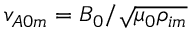
v _ { A 0 m } = B _ { 0 } / \sqrt { \mu _ { 0 } \rho _ { i m } }